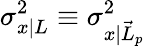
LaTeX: \sigma_{x|L}^{2}\equiv\sigma_{x|\vec{L}_{p}}^{2}